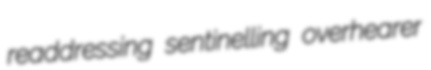
readdressing sentinelling overhearer